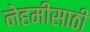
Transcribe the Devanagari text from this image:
नेहमीसाठी